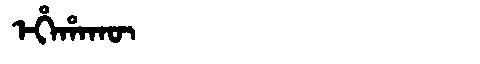
Manchu: ᡝᡥᡝᡥᠠᡴᡡ
Romanization: EHEHAKŪ